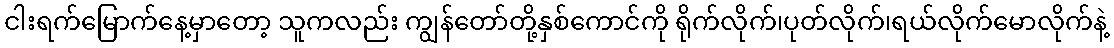
ငါးရက်မြောက်နေ့မှာတော့ သူကလည်း ကျွန်တော်တို့နှစ်ကောင်ကို ရိုက်လိုက်၊ပုတ်လိုက်၊ရယ်လိုက်မောလိုက်နဲ့